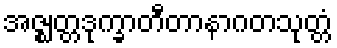
အဇ္ဈတ္တဒုက္ခာတီတာနာဂတသုတ္တံ